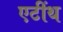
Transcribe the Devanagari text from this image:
एटींथ